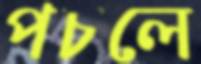
পচলে